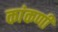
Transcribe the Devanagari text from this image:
कांकणी